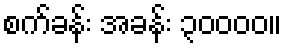
စက်ခန်း အခန်း ၃၀၀၀၀။